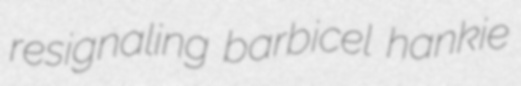
resignaling barbicel hankie